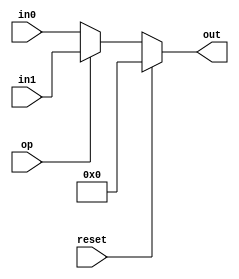
// 2 Way Multiplexer

module two_way_mux_component(in0, in1, op, reset, out);

input [15:0] in0;
input [15:0] in1;
input op;
input reset;

output reg [15:0] out;


always @(in0 or in1 or op or reset)
begin
	// //$display("op: %d, in0: %d, in1: %d", op, in0, in1);
	if (reset) begin
		out <= 0;
	end else if (op == 0) begin
		out <= in0;
	end else begin
		out <= in1;
	end
end

endmodule